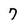
Character: 7